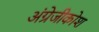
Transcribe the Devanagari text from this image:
अंग्रेजीकोश